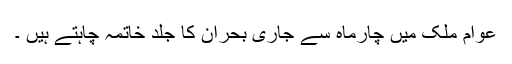
عوام ملک میں چارماہ سے جاری بحران کا جلد خاتمہ چاہتے ہیں ۔